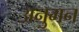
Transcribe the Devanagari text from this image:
अनुमन